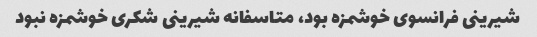
شیرینی فرانسوی خوشمزه بود، متاسفانه شیرینی شکری خوشمزه نبود